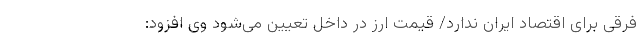
فرقی برای اقتصاد ایران ندارد/ قیمت ارز در داخل تعیین می‌شود وی افزود: